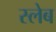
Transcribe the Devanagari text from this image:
स्लेब